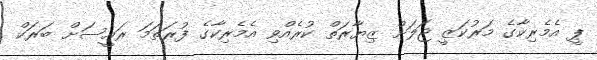
ޕީ އެމެރިކާގެ މަރުކަޒީ ޖަލަށް ޒިޔާރަތް ކުރެއްވި އެމެރިކާގެ ފުރަތަމަ ރައީސަށް ބަރަކް